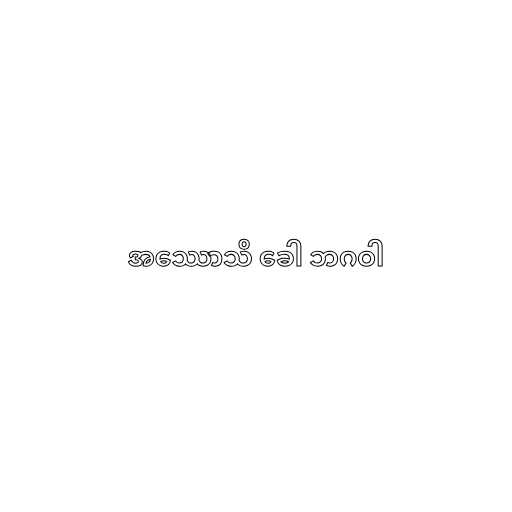
အဿောသိ ခေါ ဘဂဝါ